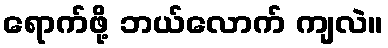
ရောက်ဖို့ ဘယ်လောက် ကျလဲ။